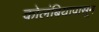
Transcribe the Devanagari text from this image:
कोलंबियापासून